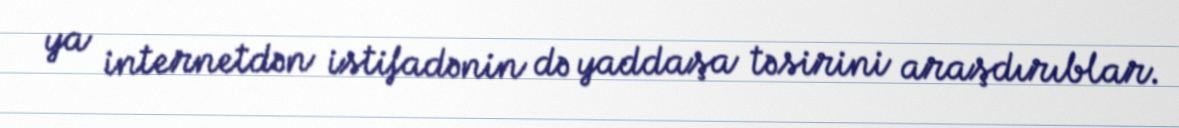
ya internetdən istifadənin də yaddaşa təsirini araşdırıblar.